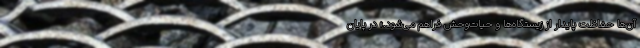
آن‌ها حفاظت پایدار از زیستگاه‌ها و حیات‌وحش فراهم می‌شود.» در پایان